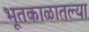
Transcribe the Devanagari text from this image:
भूतकाळातल्या